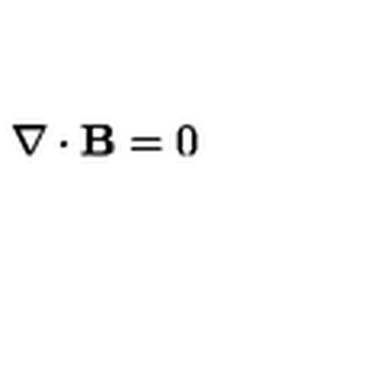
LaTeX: { \bf \nabla } \cdot { \bf B } = 0